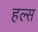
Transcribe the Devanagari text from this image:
हल्स